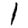
Digit: 1